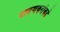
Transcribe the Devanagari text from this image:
पाटणकरांकडे